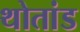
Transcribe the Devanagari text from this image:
थोतांड